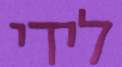
לידי